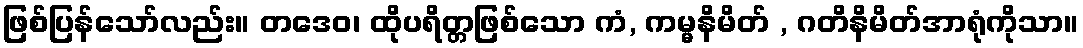
ဖြစ်ပြန်သော်လည်း။ တဒေဝ၊ ထိုပရိတ္တဖြစ်သော ကံ, ကမ္မနိမိတ် , ဂတိနိမိတ်အာရုံကိုသာ။